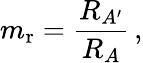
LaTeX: m_{\mathrm{r}}={\frac{R_{A^{\prime}}}{R_{A}}}\, ,